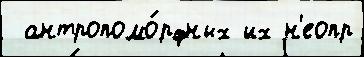
 антропомо́рфных их н'еопр